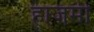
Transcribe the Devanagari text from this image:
हाजमी